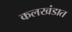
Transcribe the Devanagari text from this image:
कलखंडात